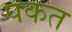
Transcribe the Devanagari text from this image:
पकत